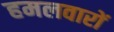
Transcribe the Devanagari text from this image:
हमलवारों